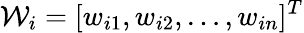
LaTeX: \mathcal{W}_{i}=[w_{i1},w_{i2},\ldots,w_{in}]^{T}